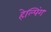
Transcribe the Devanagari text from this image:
हेल्पिंग